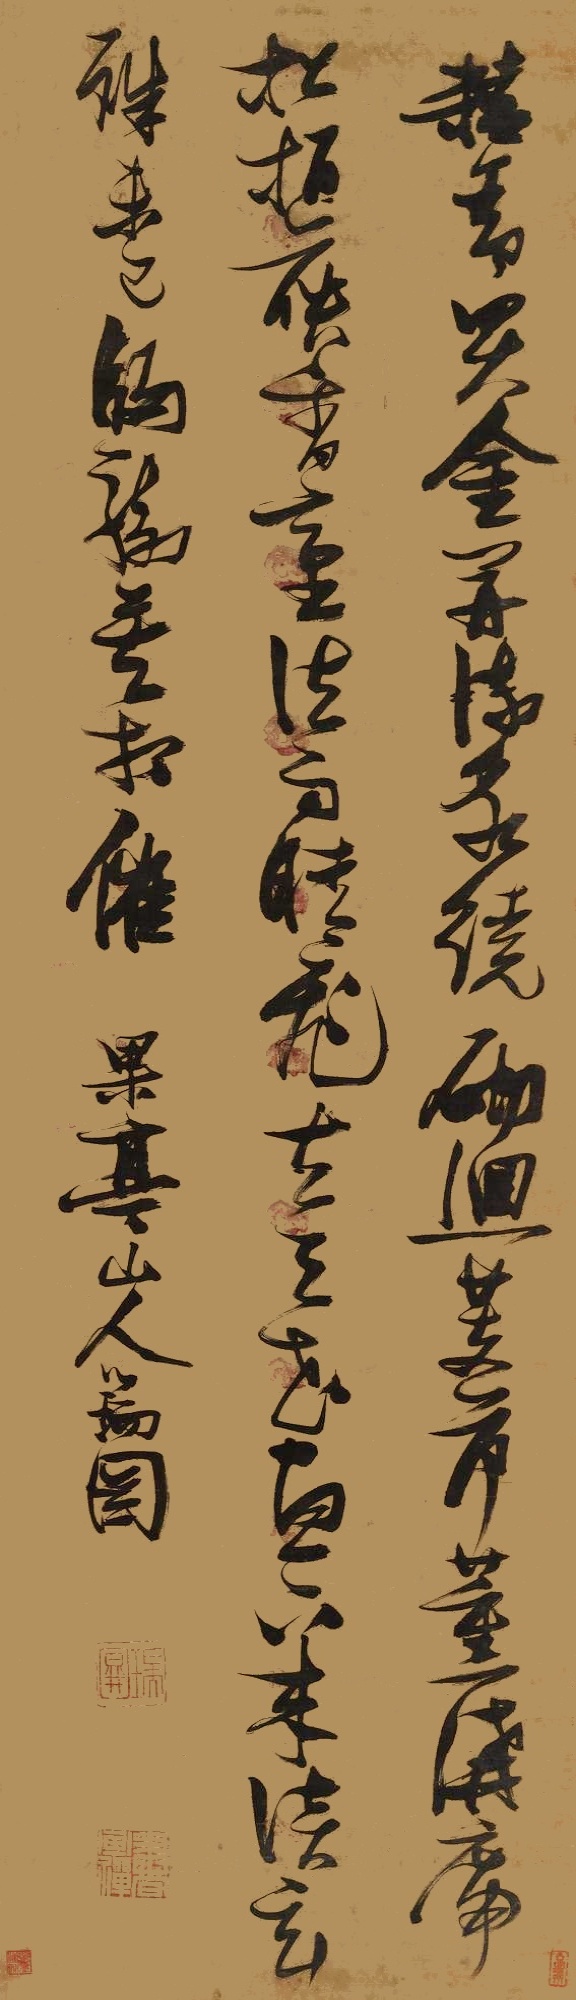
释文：精舍买金开，流泉绕砌回。芰荷薰讲席，松柏映香台。法雨晴飞去，天花昼下来。谈玄殊未已，归骑莫相催。果亭山人瑞图。